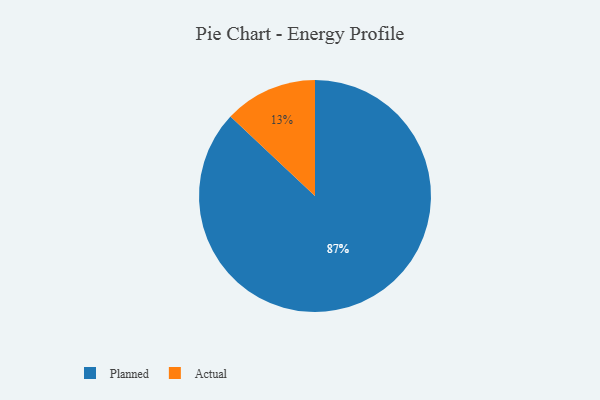
{"axis": {"x": "Category", "y": "Percentage"}, "legend": ["Actual", "Planned"], "data": [{"x": "Actual", "y": 13, "type": "Actual"}, {"x": "Planned", "y": 87, "type": "Planned"}]}